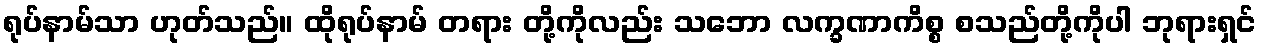
ရုပ်နာမ်သာ ဟုတ်သည်။ ထိုရုပ်နာမ် တရား တို့ကိုလည်း သဘော လက္ခဏာကိစ္စ စသည်တို့ကိုပါ ဘုရားရှင်